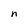
Character: n